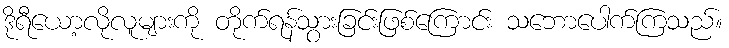
ဒိုရီယော့လိုလူများကို တိုက်ရန်သွားခြင်းဖြစ်ကြောင်း သဘောပေါက်ကြသည်။